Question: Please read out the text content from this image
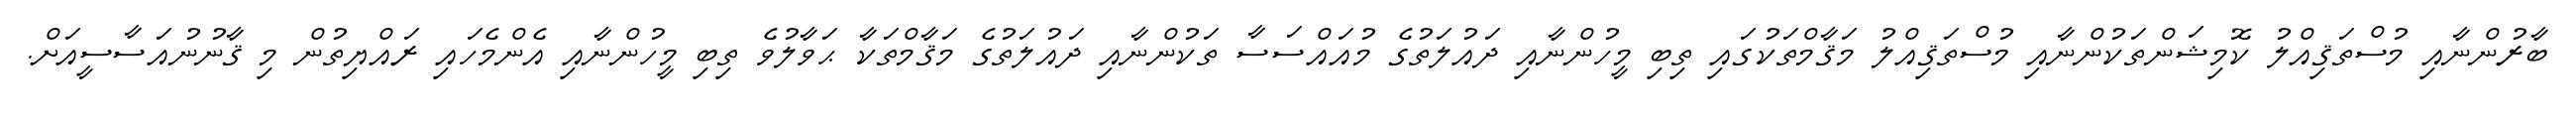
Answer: ބާރުންނާއި މުސްތަޤިއްލު ކޮމިޝަންތަކުންނާއި މުސްތަޤިއްލު މަޤާމްތަކުގައި ތިބި މީހުންނާއި ދައުލަތުގެ މުއައްސަސާ ތަކުންނާއި ދައުލަތުގެ މަޤާމްތަކާ ޙަވާލުވެ ތިބި މީހުންނާއި އެންމެހައި ރައްޔިތުން މި ޤާނުނުއަސާސީއަށް.